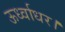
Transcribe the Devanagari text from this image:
ऊर्ध्वाधर।